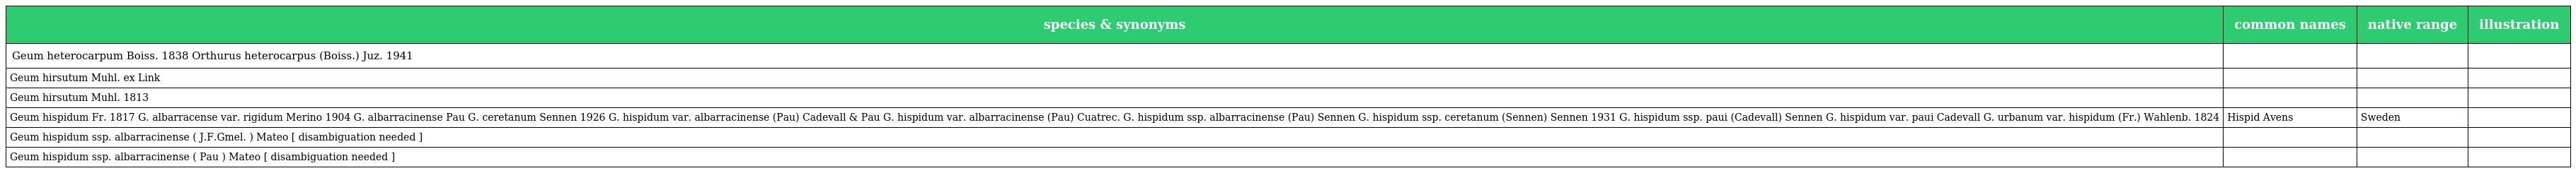
| species & synonyms | common names | native range | illustration |
 | --- | --- | --- | --- |
 | Geum heterocarpum Boiss. 1838 Orthurus heterocarpus (Boiss.) Juz. 1941 |  |  |  |
 | Geum hirsutum Muhl. ex Link |  |  |  |
 | Geum hirsutum Muhl. 1813 |  |  |  |
 | Geum hispidum Fr. 1817 G. albarracense var. rigidum Merino 1904 G. albarracinense Pau G. ceretanum Sennen 1926 G. hispidum var. albarracinense (Pau) Cadevall & Pau G. hispidum var. albarracinense (Pau) Cuatrec. G. hispidum ssp. albarracinense (Pau) Sennen G. hispidum ssp. ceretanum (Sennen) Sennen 1931 G. hispidum ssp. paui (Cadevall) Sennen G. hispidum var. paui Cadevall G. urbanum var. hispidum (Fr.) Wahlenb. 1824 | Hispid Avens | Sweden |  |
 | Geum hispidum ssp. albarracinense ( J.F.Gmel. ) Mateo [ disambiguation needed ] |  |  |  |
 | Geum hispidum ssp. albarracinense ( Pau ) Mateo [ disambiguation needed ] |  |  |  |